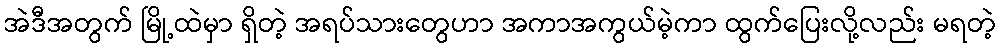
အဲဒီအတွက် မြို့ထဲမှာ ရှိတဲ့ အရပ်သားတွေဟာ အကာအကွယ်မဲ့ကာ ထွက်ပြေးလို့လည်း မရတဲ့